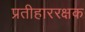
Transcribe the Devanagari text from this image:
प्रतीहाररक्षक